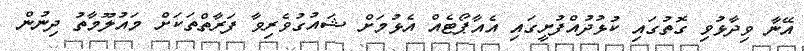
އޭނާ ވިދާޅުވި ގޮތުގައި ކުޅުދުއްފުށީގައި އެއާޕޯޓެއް އެޅުމަށް ޝައުގުވެރިވާ ފަރާތްތަކަށް މައުލޫމާތު ދިނުން